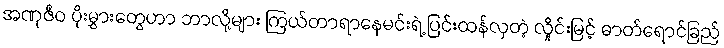
အဏုဇီဝ ပိုးမွှားတွေဟာ ဘာလို့များ ကြယ်တာရာနေမင်းရဲ့ ပြင်းထန်လှတဲ့ လှိုင်းမြင့် ဓာတ်ရောင်ခြည်